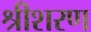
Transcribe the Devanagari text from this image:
श्रीशरण